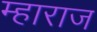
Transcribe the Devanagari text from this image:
म्हाराज